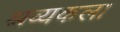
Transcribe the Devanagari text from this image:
श्रव्यकला